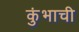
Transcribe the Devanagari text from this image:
कुंभाची